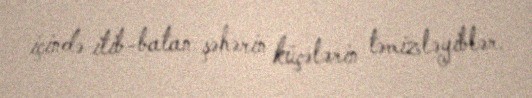
içində itib-batan şəhərin küçələrin təmizləyiblər.